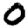
Digit: 0